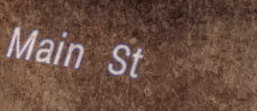
Main St